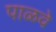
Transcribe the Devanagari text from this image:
पाळवे